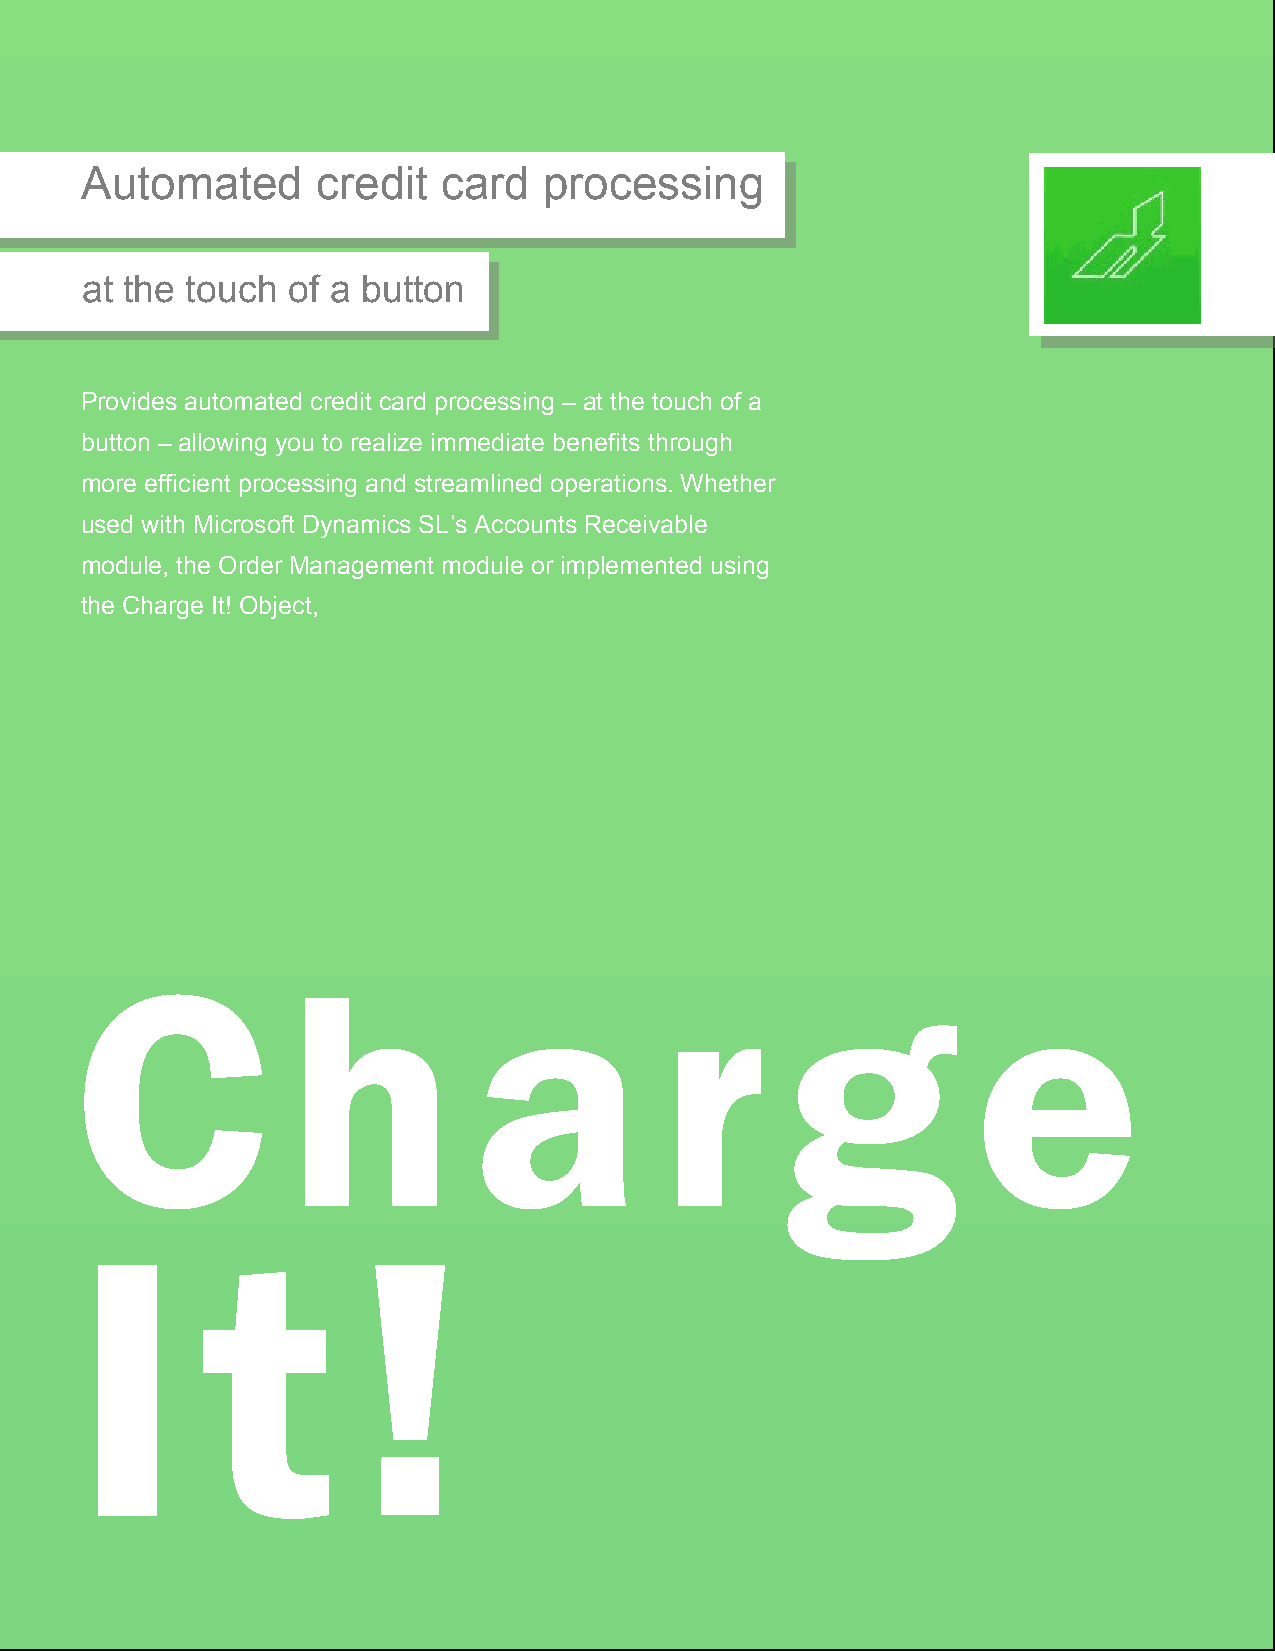
Automated       credit  card   processing
 at the touch  of a button
 Provides automated credit card processing – at the touch of a
 button – allowing you to realize immediate benefits through
 more efficient processing and streamlined operations. Whether
 used with Microsoft Dynamics SL’s Accounts Receivable
 module, the Order Management module or implemented using
 the Charge It! Object,
 C             h           a            r       g           e
 I       t          !